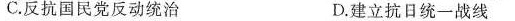
C.反抗国民党反动统治 D.建立抗日统一战线